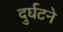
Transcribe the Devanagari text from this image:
दुर्घटने